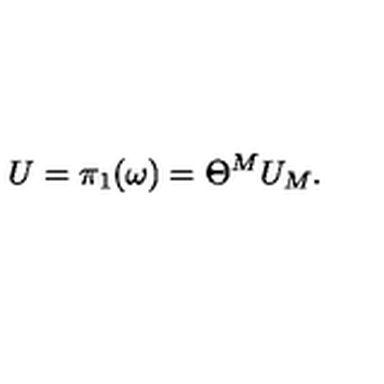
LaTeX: U = \pi _ { 1 } ( \omega ) = \Theta ^ { M } U _ { M } .